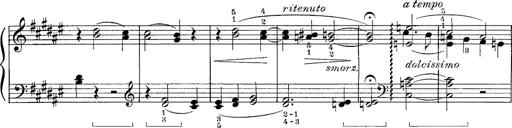
Title: FÃ¼nf KlavierstÃ¼cke
Composer: Franz Liszt